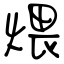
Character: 煨